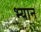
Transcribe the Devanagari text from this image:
भ्यान